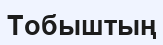
Тобыштың